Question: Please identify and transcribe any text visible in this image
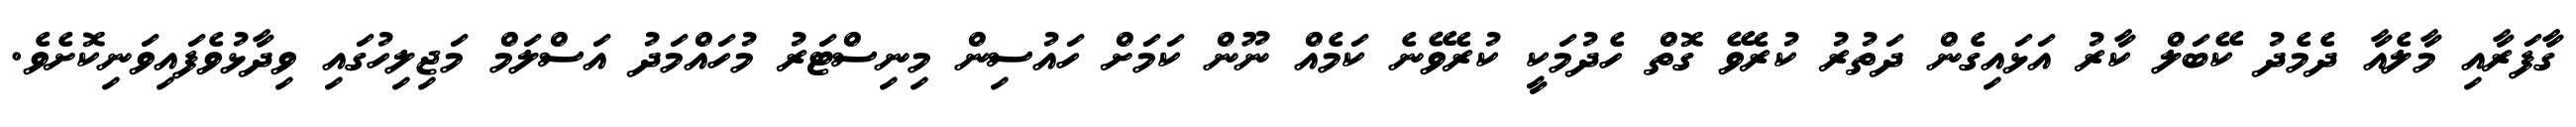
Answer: ގާފަރާއި މާލެއާ ދެމެދު ކޭބަލް ކާރު އަޅައިގެން ދަތުރު ކުރެވޭ ގޮތް ހެދުމަކީ ކުރެވޭނެ ކަމެއް ނޫން ކަމަށް ހައުސިން މިނިސްޓަރު މުހައްމަދު އަސްލަމް މަޖިލިހުގައި ވިދާޅުވެފައިވަނިކޮށެވެ.